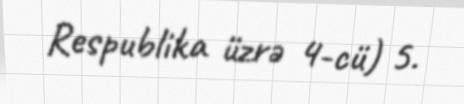
Respublika üzrə 4-cü) 5.